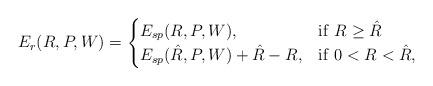
LaTeX: \begin{align*}E_r(R,P,W) = \begin{cases}E_{sp}(R,P,W) , & \mathrm{if \ } R \ge \hat{R} \\E_{sp}(\hat{R},P,W) + \hat{R}-R , & \mathrm{if \ } 0 < R < \hat{R} ,\end{cases}\end{align*}